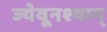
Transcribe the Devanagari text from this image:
ज्येवूनश्यान्